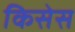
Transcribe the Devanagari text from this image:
किसेस